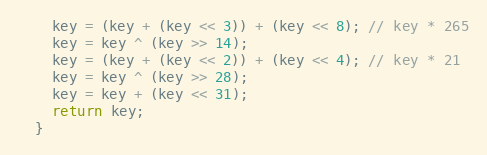
Language: C
    key = (key + (key << 3)) + (key << 8); // key * 265
    key = key ^ (key >> 14);
    key = (key + (key << 2)) + (key << 4); // key * 21
    key = key ^ (key >> 28);
    key = key + (key << 31);
    return key;
  }